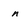
Character: n